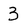
Character: 3